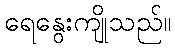
ရေနွေးကျိုသည်။